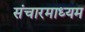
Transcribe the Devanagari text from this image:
संचारमाध्यम